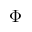
\Phi